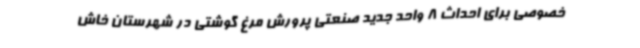
خصوصی برای احداث 8 واحد جدید صنعتی پرورش مرغ گوشتی در شهرستان خاش